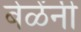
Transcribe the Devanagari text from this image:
बेळेंनी